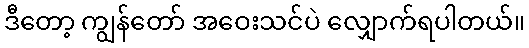
ဒီတော့ ကျွန်တော် အဝေးသင်ပဲ လျှောက်ရပါတယ်။